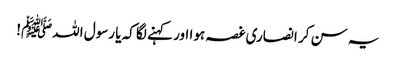
یہ سن کر انصاری غصہ ہوا اور کہنے لگا کہ یا رسول اللہﷺ!